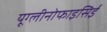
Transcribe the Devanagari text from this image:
यूग्लीनोफाइसिई